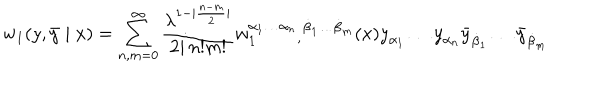
LaTeX: w _ { 1 } ( { y } , { \bar { y } } \mid x ) = \sum _ { n , m = 0 } ^ { \infty } \frac { \lambda ^ { 1 - | \frac { n - m } { 2 } | } } { 2 i \, n ! m ! } w _ { 1 } ^ { \alpha _ { 1 } \ldots \alpha _ { n } } { } _ { , } { } ^ { \dot { \beta } _ { 1 } \ldots \dot { \beta } _ { m } } ( x ) { y } _ { \alpha _ { 1 } } \ldots { y } _ { \alpha _ { n } } { \bar { y } } _ { \dot { \beta } _ { 1 } } \ldots { \bar { y } } _ { \dot { \beta } _ { m } } \,